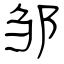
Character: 邹